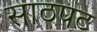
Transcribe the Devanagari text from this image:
साठपट